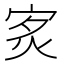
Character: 𤇵